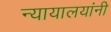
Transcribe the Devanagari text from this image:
न्यायालयांनी